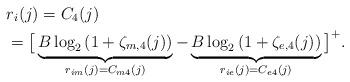
LaTeX: \begin{align*}&r_{i}(j)=C_{4}(j)\\&=\big[\underbrace{B\log_{2}\left(1+\zeta_{m,4}(j)\right)}_{r_{im}(j)=C_{m4}(j)}-\underbrace{B\log_{2}\left(1+\zeta_{e,4}(j)\right)}_{r_{ie}(j)=C_{e4}(j)}\big]^+.\end{align*}